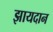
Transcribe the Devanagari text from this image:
झायदान